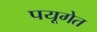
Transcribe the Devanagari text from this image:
पयूगेत